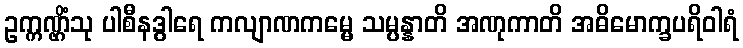
ဥက္ကဏ္ဌိံသု ပါစီနဒွါရေ ကလျာဏကမ္မေ သမ္ပန္နာတိ အဏုကာတိ အဓိမောက္ခပရိဝါရံ